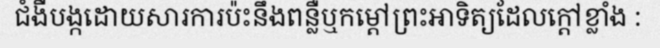
ជំងឺបង្កដោយសារការប៉ះនឹងពន្លឺឬកម្តៅព្រះអាទិត្យដែលក្តៅខ្លាំង :